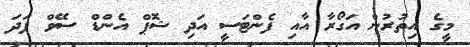
މީގެ އިތުރުން އަގޯރާ އާއި ފެންޓަސީ އަދި ޝޮޕް އެންޑް ސޭވް ފަދަ